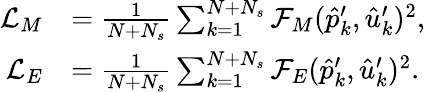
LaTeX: \begin{array}{rl}{\mathcal{L}_{M}}&{=\frac{1}{N+N_{s}}\sum_{k=1}^{N+N_{s}}\mathcal{F}_{M}(\hat{p}_{k}^{\prime},\hat{u}_{k}^{\prime})^{2},}\\ {\mathcal{L}_{E}}&{=\frac{1}{N+N_{s}}\sum_{k=1}^{N+N_{s}}\mathcal{F}_{E}(\hat{p}_{k}^{\prime},\hat{u}_{k}^{\prime})^{2}.}\end{array}